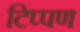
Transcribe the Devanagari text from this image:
टिप्‍पण